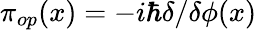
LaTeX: \pi_{op}(x)=-i\hbar\delta/\delta\phi(x)